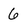
Character: 6